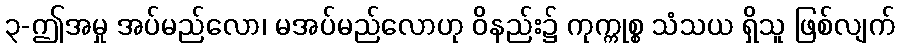
၃-ဤအမှု အပ်မည်လော၊ မအပ်မည်လောဟု ဝိနည်း၌ ကုက္ကုစ္စ သံသယ ရှိသူ ဖြစ်လျက်